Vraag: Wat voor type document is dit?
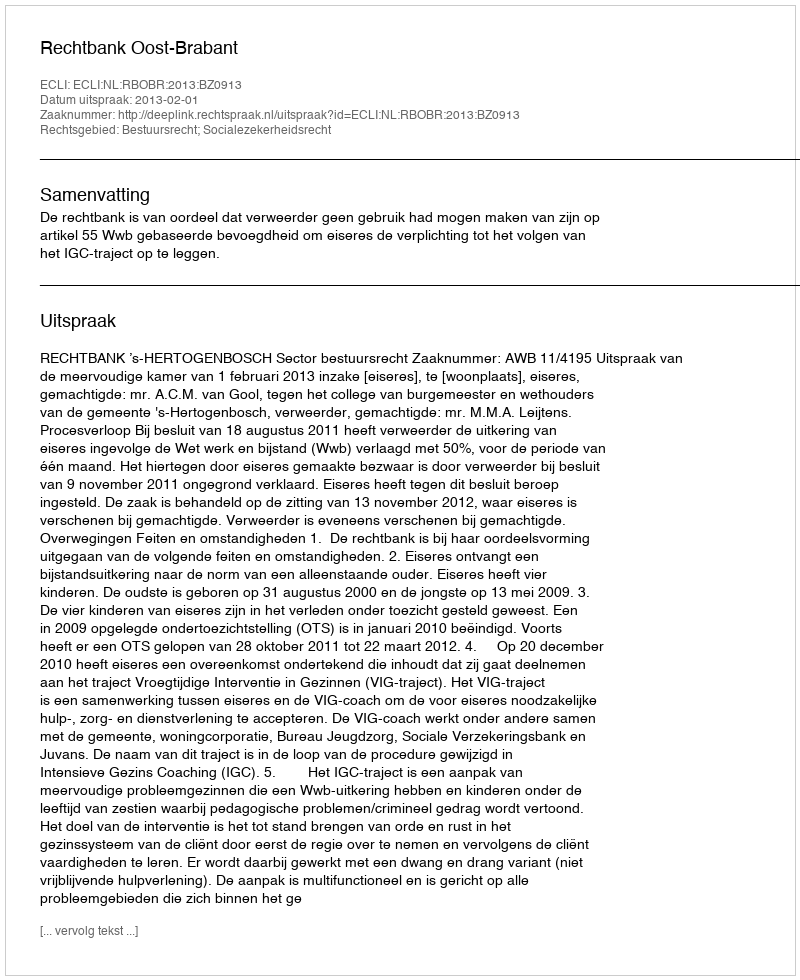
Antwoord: Uitspraak